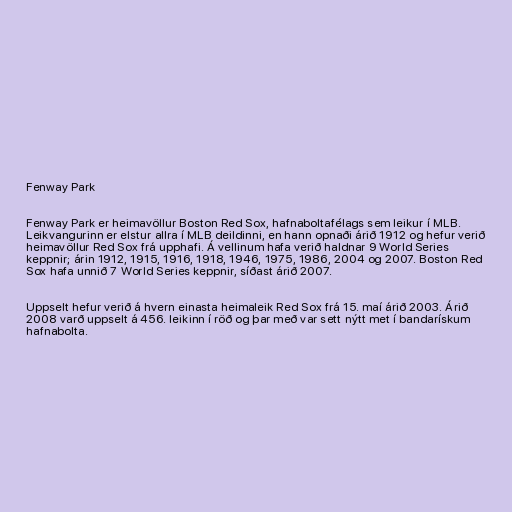
Fenway Park

Fenway Park er heimavöllur Boston Red Sox, hafnaboltafélags sem leikur í MLB.
Leikvangurinn er elstur allra í MLB deildinni, en hann opnaði árið 1912 og hefur verið
heimavöllur Red Sox frá upphafi. Á vellinum hafa verið haldnar 9 World Series
keppnir; árin 1912, 1915, 1916, 1918, 1946, 1975, 1986, 2004 og 2007. Boston Red
Sox hafa unnið 7 World Series keppnir, síðast árið 2007.

Uppselt hefur verið á hvern einasta heimaleik Red Sox frá 15. maí árið 2003. Árið
2008 varð uppselt á 456. leikinn í röð og þar með var sett nýtt met í bandarískum
hafnabolta.